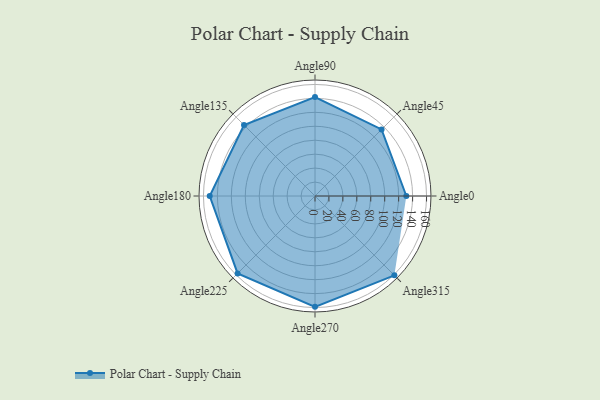
{"axis": {"x": "Angle", "y": "Radius"}, "legend": [""], "data": [{"x": "Angle0", "y": 131.0, "type": ""}, {"x": "Angle45", "y": 135.0, "type": ""}, {"x": "Angle90", "y": 142.0, "type": ""}, {"x": "Angle135", "y": 144.0, "type": ""}, {"x": "Angle180", "y": 151.0, "type": ""}, {"x": "Angle225", "y": 157.0, "type": ""}, {"x": "Angle270", "y": 159.0, "type": ""}, {"x": "Angle315", "y": 161.0, "type": ""}]}